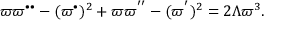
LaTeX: \varpi \varpi ^ { \bullet \bullet } - ( \varpi ^ { \bullet } ) ^ { 2 } + \varpi \varpi ^ { ^ { \prime \prime } } - ( \varpi ^ { ^ { \prime } } ) ^ { 2 } = 2 \Lambda \varpi ^ { 3 } .